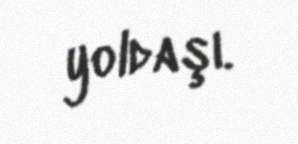
yoldaşı.